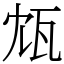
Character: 瓭